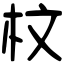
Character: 𣐀